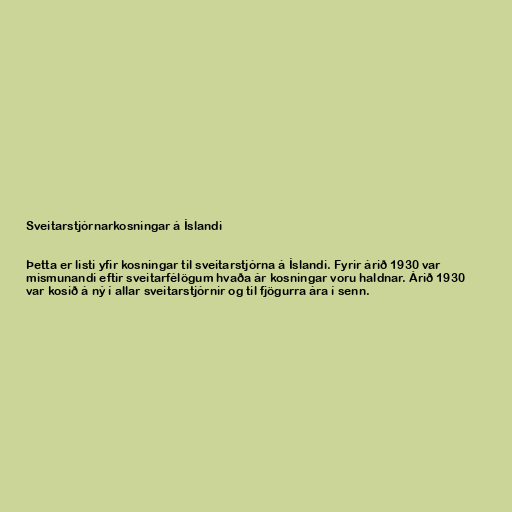
Sveitarstjórnarkosningar á Íslandi

Þetta er listi yfir kosningar til sveitarstjórna á Íslandi. Fyrir árið 1930 var
mismunandi eftir sveitarfélögum hvaða ár kosningar voru haldnar. Árið 1930
var kosið á ný í allar sveitarstjórnir og til fjögurra ára í senn.